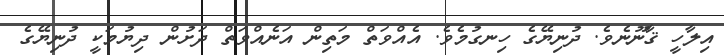
އިލާހީ ޤާނޫނެވެ. ދުނިޔޭގެ ހިނގުމެވެ. އެއްވަތް މަތިން އަނެއްވަތް ދަށުން ދިޔުމަކީ ދުނިޔޭގެ